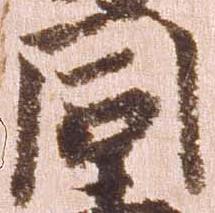
同